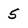
Character: 5